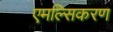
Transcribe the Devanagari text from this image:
एमल्सिकरण